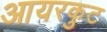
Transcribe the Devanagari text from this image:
आयरकुट